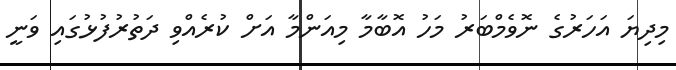
މިދިޔަ އަހަރުގެ ނޮވެމްބަރު މަހު އޮބާމާ މިއަންމާ އަށް ކުރެއްވި ދަތުރުފުޅުގައި ވަނީ